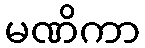
မဏိကာ